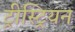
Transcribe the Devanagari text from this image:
ट्रीस्ट्रियन